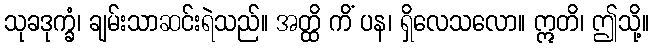
သုခဒုက္ခံ၊ ချမ်းသာဆင်းရဲသည်။ အတ္ထိ ကိံ ပန၊ ရှိလေသလော။ ဣတိ၊ ဤသို့။